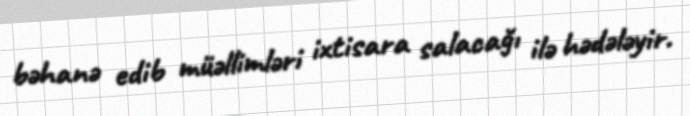
bəhanə edib müəllimləri ixtisara salacağı ilə hədələyir.